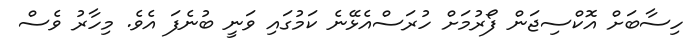
ހިސާބަށް އޮކްސިޖަން ފޯރުމަށް ހުރަސްއެޅޭނެ ކަމުގައި ވަނީ ބުނެފަ އެވެ. މިހާރު ވެސް